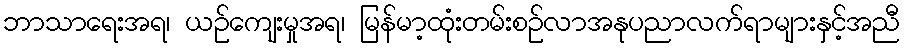
ဘာသာရေးအရ၊ ယဉ်ကျေးမှုအရ၊ မြန်မာ့ထုံးတမ်းစဉ်လာအနုပညာလက်ရာများနှင့်အညီ